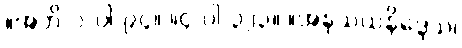
။အဘိ-၁-ပါ-၉၄။ ။၄-ပါ-၃၂၃။ ။အနုသယနိဒ္ဒေသ၊